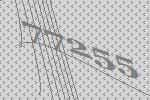
77255